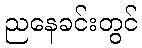
ညနေခင်းတွင်